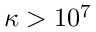
\kappa > 1 0 ^ { 7 }